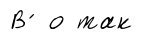
В ́ о так